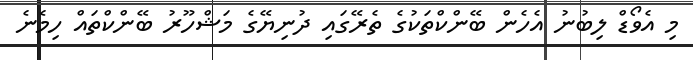
މި އެވޯޑް ލިބުނު އެހެން ބޭންކްތަކުގެ ތެރޭގައި ދުނިޔޭގެ މަޝްހޫރު ބޭންކްތައް ހިމެނެ